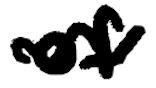
Text: of
Cross-out: mix
Writing tool: digital_black